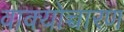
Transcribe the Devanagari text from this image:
वाक्योच्चारण